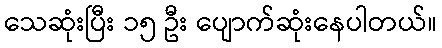
သေဆုံးပြီး ၁၅ ဦး ပျောက်ဆုံးနေပါတယ်။